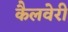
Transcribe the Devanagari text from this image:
कैलवेरी